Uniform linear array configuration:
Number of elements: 48
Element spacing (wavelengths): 0.5
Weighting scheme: hamming
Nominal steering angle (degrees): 0
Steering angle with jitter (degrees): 0.6008
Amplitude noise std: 0.05
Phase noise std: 0.05

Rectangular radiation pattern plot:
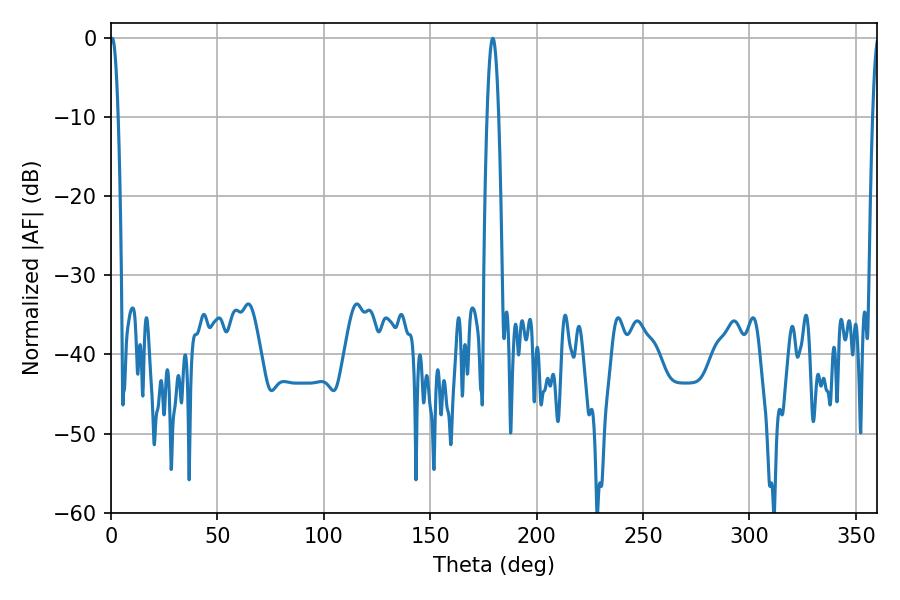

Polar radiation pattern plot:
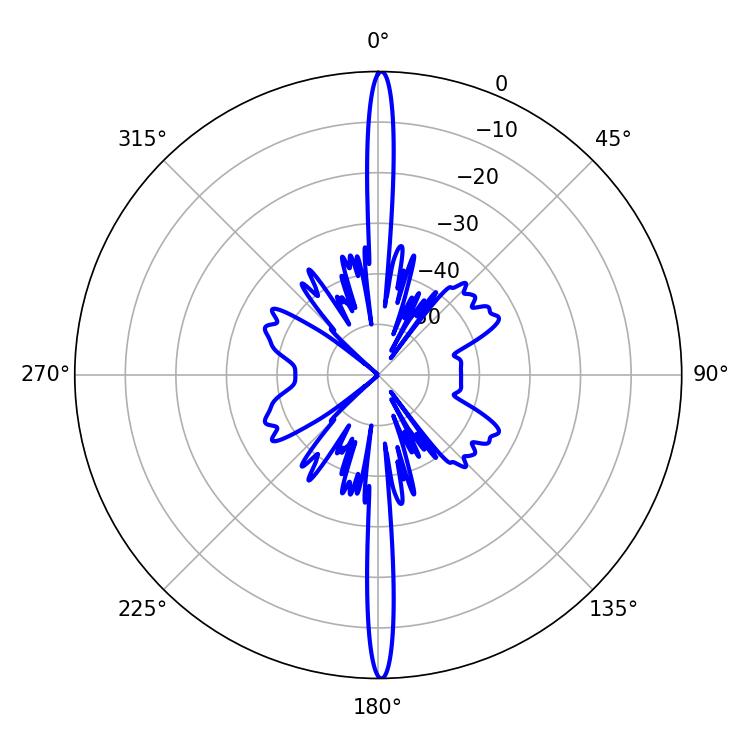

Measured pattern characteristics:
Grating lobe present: FALSE
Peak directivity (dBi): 31.995
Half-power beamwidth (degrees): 2.16
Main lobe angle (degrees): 0.54